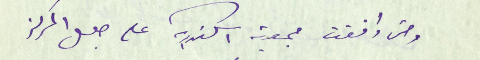
ومتى وافقت جمعية اسكندرية على جعل المركز